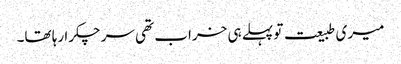
میری طبیعت تو پہلے ہی خراب تھی سر چکرا رہا تھا۔